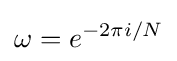
\omega =e^{-2\pi i/N}